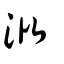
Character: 沘